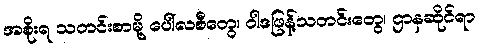
အစိုးရ သတင်းစာမို့ ပေါ်လစီတွေ၊ ဝါဒဖြန့်သတင်းတွေ၊ ဌာနဆိုင်ရာ